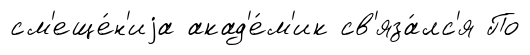
см'еще́н'иjа акад'е́м'ик св'яза́лс'я По